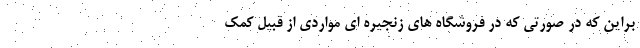
براین که در صورتی که در فروشگاه های زنجیره ای مواردی از قبیل کمک